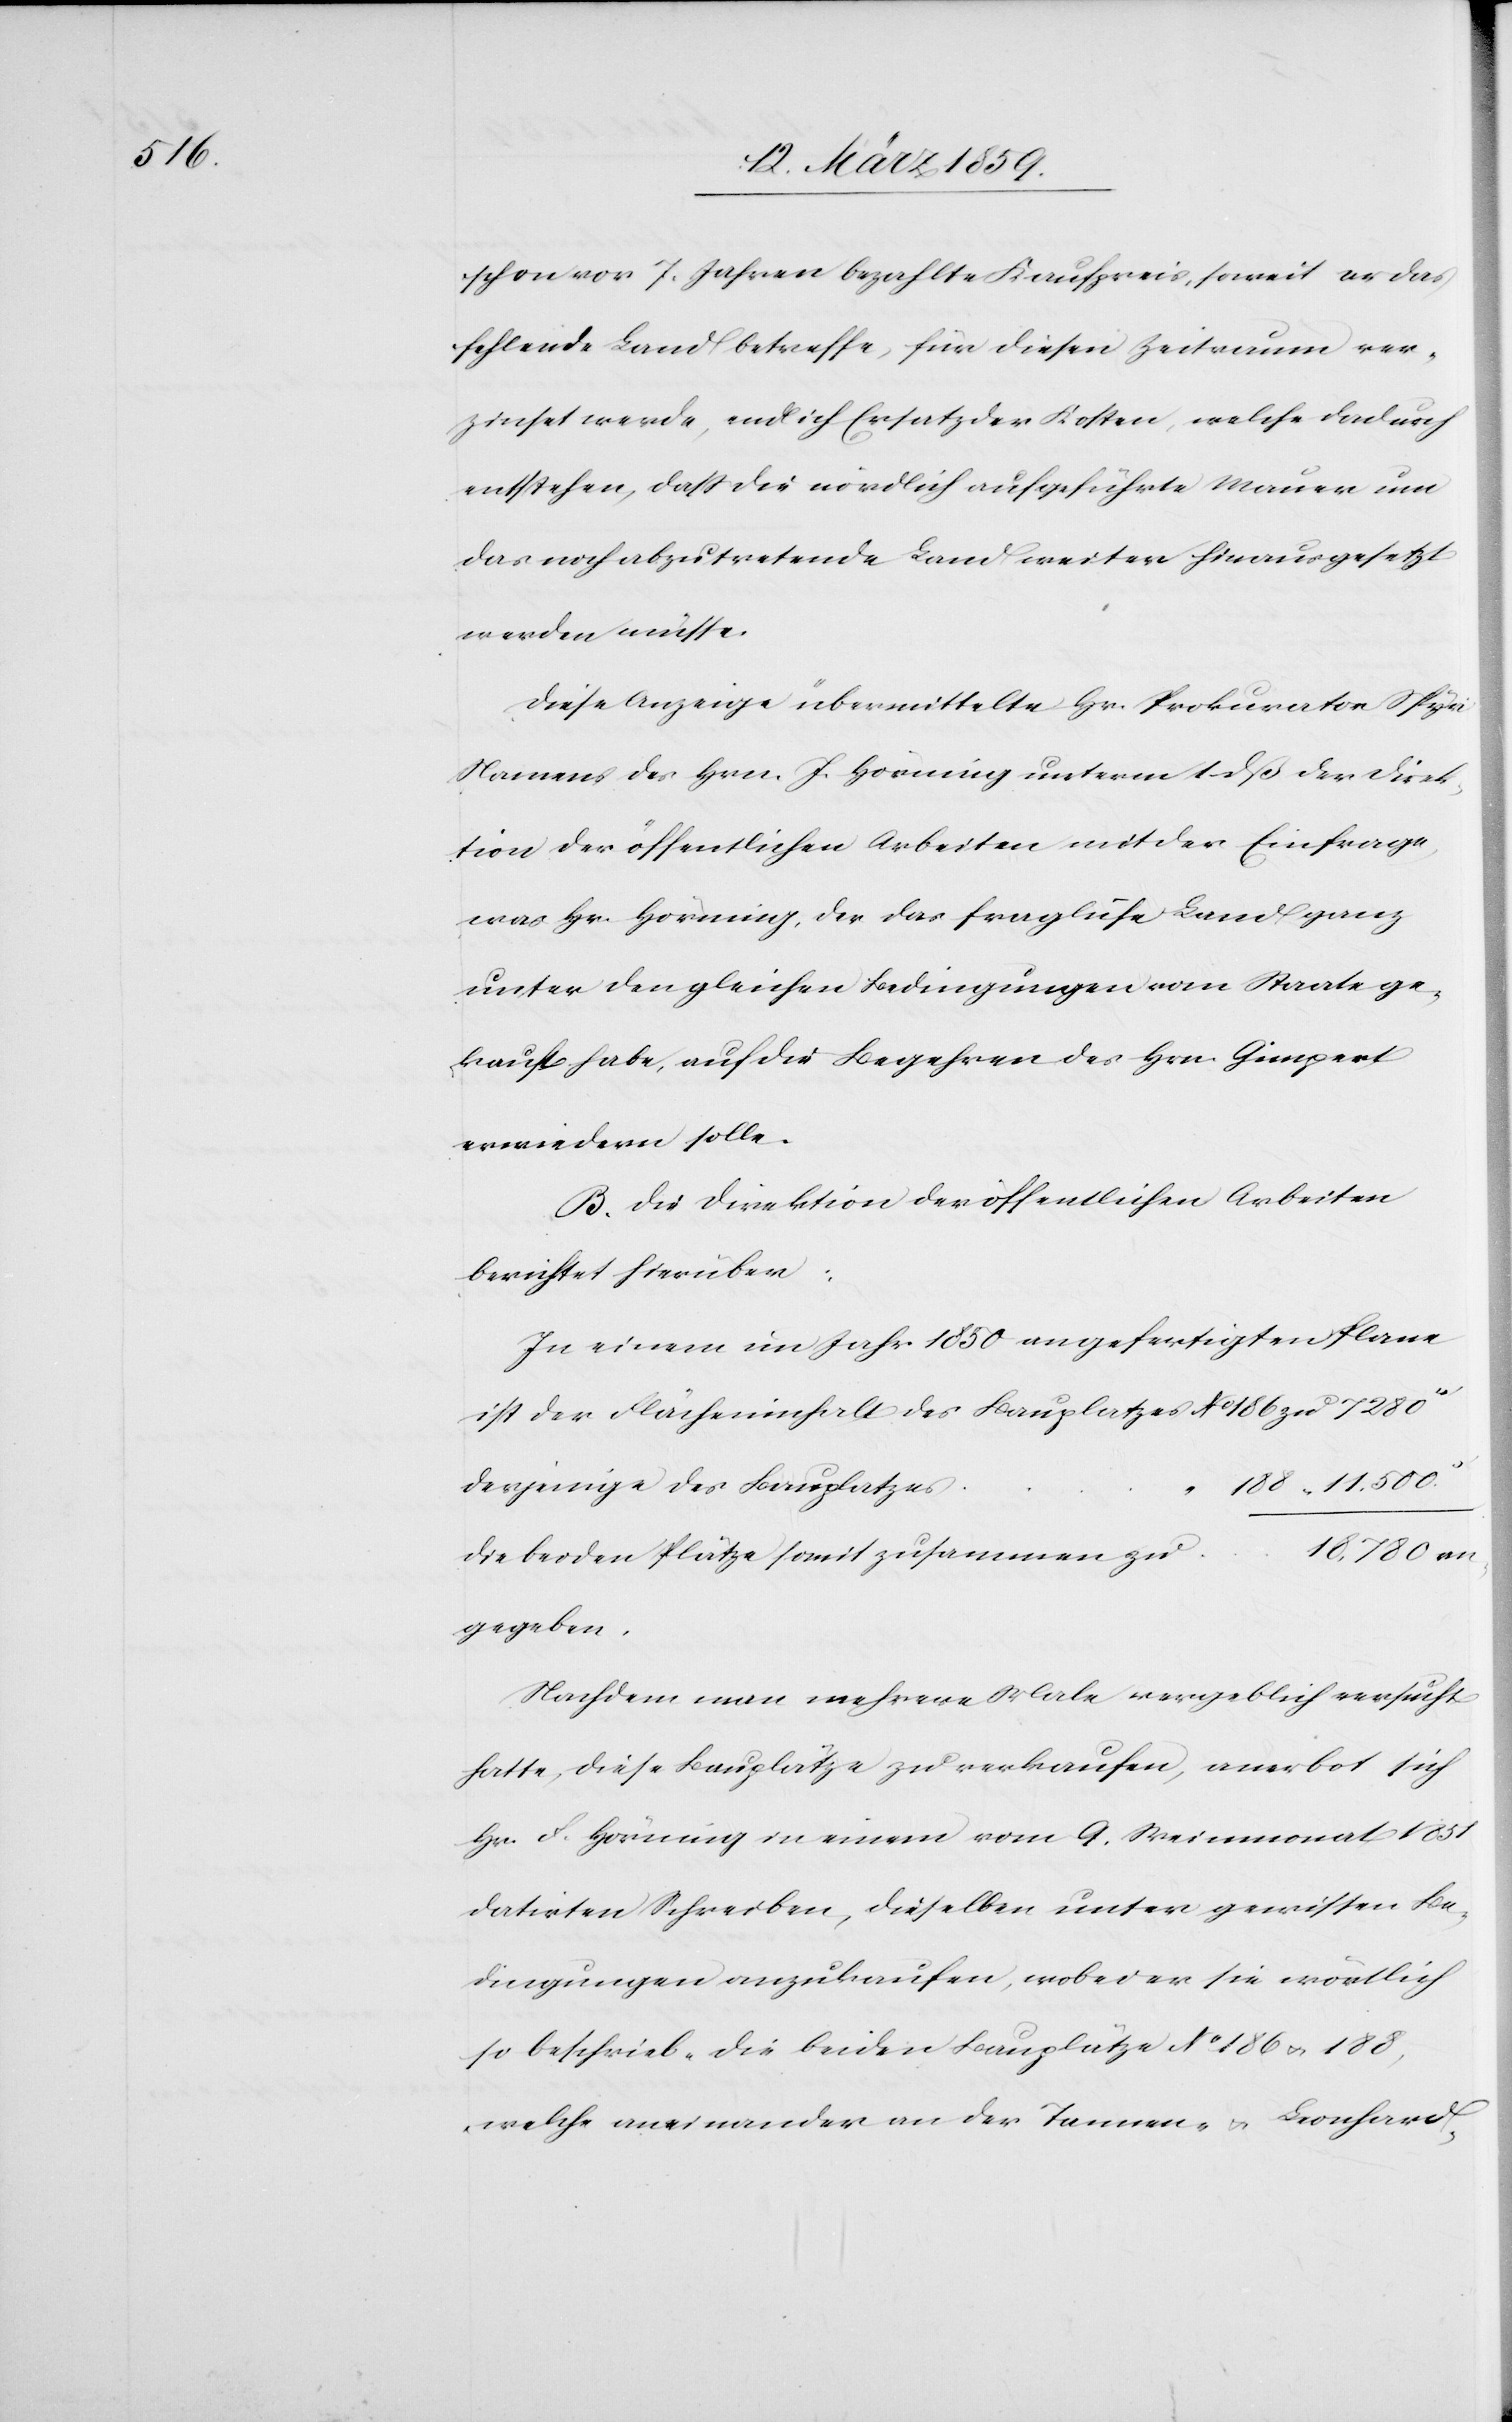
schon vor 7. Jahren bezahlte Kaufpreis, soweit er das
fehlende Land betreffe, für diesen Zeitraum ver¬
zinset werde, endlich Ersatz der Kosten, welche dadurch
entstehen, daß die nördlich aufgeführte Mauer um
das noch abzutretende Land weiter hinausgesetzt
werden müsse.
Diese Anzeige übermittelte Hr. Prokurator Spyri
Namens des Hrn. J. Hörning unterm 1 dß der Direk¬
tion der öffentlichen Arbeiten mit der Einfrage,
was Hr. Hörning, der das fragliche Land ganz
unter den gleichen Bedingungen vom Staate ge¬
kauft habe, auf die Begehren des Hrn. Gimpert
erwiedern solle.
B. Die Direktion der öffentlichen Arbeiten
berichtet hierüber:
In einem im Jahr 1850 angefertigten Plane
der Flächeninhalt des Bauplatzes No 186 zu 7280
derjenige des Bauplatzes
188 “ 11,500.
die beiden Plätze somit zusammen zu
gegeben.
Nachdem man mehrere Male vergeblich versucht
hatte, diese Bauplätze zu verkaufen, anerbot sich
Hr. F. Hörning in einem vom 9. Weinmonat 1851
datirten Schreiben, dieselben unter gewissen Be¬
dingungen anzukaufen, wobei er sie wörtlich
so beschrieb „die beiden Bauplätze No 186 u. 188,
welche aneinander an der Tannen- u. Leonhard-